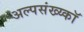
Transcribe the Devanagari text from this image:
अल्पसंख्य्कॉ